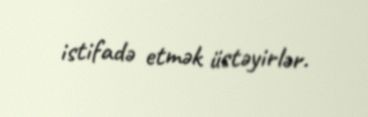
istifadə etmək üstəyirlər.